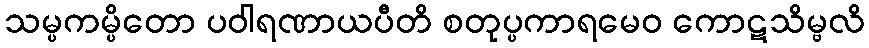
သမ္ပကမ္ပိတော ပဝါရဏာယပီတိ စတုပ္ပကာရမေဝ ကောဋသိမ္ဗလိ